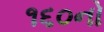
૧૬૦નો